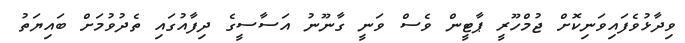
ވިދާޅުވެފައިވަނިކޮށް ޖުމްހޫރީ ޕާޓީން ވެސް ވަނީ ގާނޫނު އަސާސީގެ ދިފާއުގައި ތެދުވުމަށް ބައިޔަތު